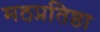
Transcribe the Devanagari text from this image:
मठप्रतिष्ठा